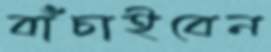
বাঁচাইবেন